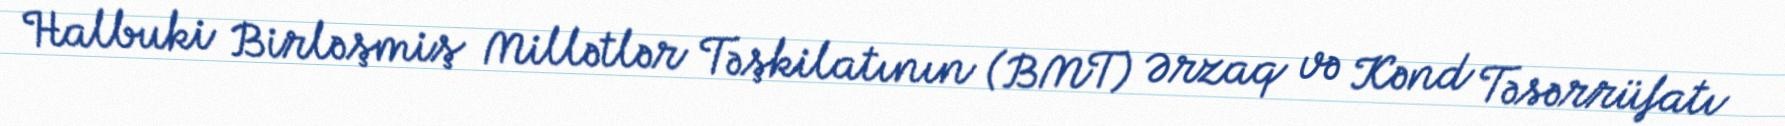
Halbuki Birləşmiş Millətlər Təşkilatının (BMT) Ərzaq və Kənd Təsərrüfatı